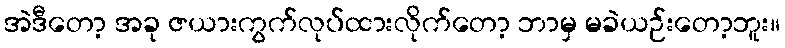
အဲဒီတော့ အခု ဇယားကွက်လုပ်ထားလိုက်တော့ ဘာမှ မခဲယဉ်းတော့ဘူး။